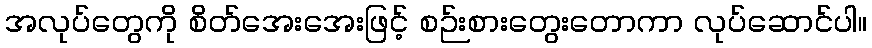
အလုပ်တွေကို စိတ်အေးအေးဖြင့် စဉ်းစားတွေးတောကာ လုပ်ဆောင်ပါ။